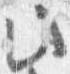
此